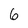
Character: 6